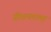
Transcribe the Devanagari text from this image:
ग्रीस्त्यनामा